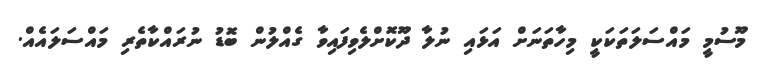
މޫސުމީ މައްސަލަތަކަކީ މިހާތަނަށް އަޅައި ނުލާ ދޫކޮށްލެވިފައިވާ ގެއްލުން ބޮޑު ނުރައްކާތެރި މައްސަލައެއް.